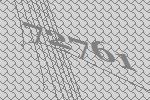
72761